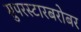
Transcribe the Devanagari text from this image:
सुपरस्टारबरोबर